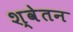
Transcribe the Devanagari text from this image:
श्वेतन